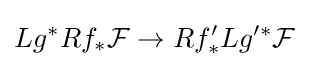
Lg^{*}Rf_{*}{\mathcal {F}}\to Rf'_{*}Lg'^{*}{\mathcal {F}}